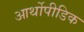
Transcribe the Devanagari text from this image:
आर्थोपीडिक